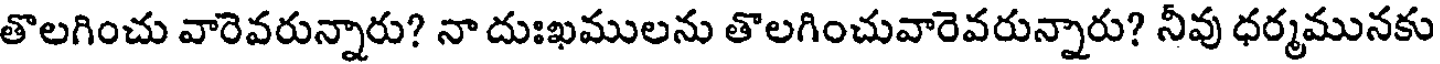
తొలగించు వారెవరున్నారు? నా దుఃఖములను తొలగించువారెవరున్నారు? నీవు ధర్మమునకు